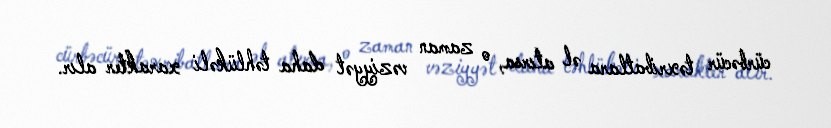
cürbəcür təxribatlara əl atırsa, o zaman vəziyyət daha təhlükəli xarakter alır.